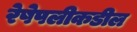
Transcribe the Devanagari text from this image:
रेषेपलीकडील